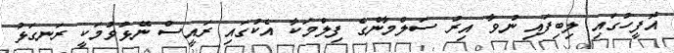
އޮފީހުގައި ލިބިފައި ނުވާ އިރު ސަލްމާންގެ ފިލްމަކާ އެކުގައި ރައީސް ނޭޅުވުމަކީ ރަނގަޅު